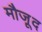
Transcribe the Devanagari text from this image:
मौजू़द